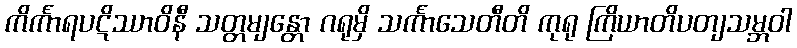
ကိင်္ကာရပဋိဿာဝိနီ သတ္တမျန္တော ဂရုမှိ သင်္ကာသေတီတိ ကုရု ကြိယာတိပတျသမ္ဘဝါ